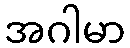
အဂါမာ